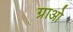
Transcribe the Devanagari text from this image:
ग्राओ